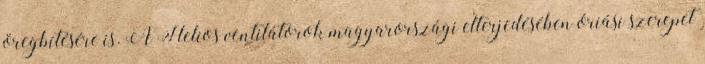
öregbítésére is. A Helios ventilátorok magyarországi elterjedésében óriási szerepet